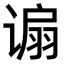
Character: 𫍸